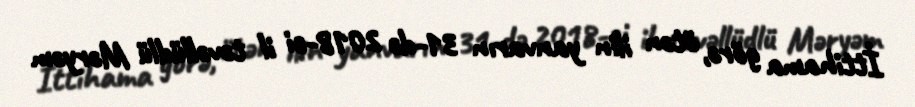
İttihama görə, ötən ilin yanvarın 31-də 2018-ci il təvəllüdlü Məryəm